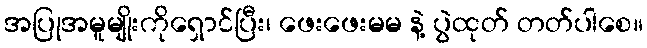
အပြုအမူမျိုးကိုရှောင်ပြီး၊ ဖေးဖေးမမ နဲ့ ပွဲထုတ် တတ်ပါစေ။